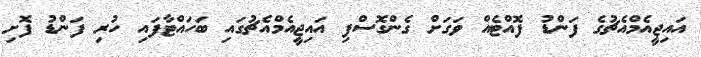
އައިޖީއެމްއެޗުގެ ފަންޑު ފޮއްޓެއް ވަގަށް ގެންގޮސްފި އައިޖީއެމްއެޗުގައި ބަހައްޓާފައި ހުރި ފަންޑު ފޮށި